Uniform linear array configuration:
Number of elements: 8
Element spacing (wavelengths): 0.75
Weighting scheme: exponential
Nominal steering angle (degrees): -15
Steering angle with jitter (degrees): -16.818
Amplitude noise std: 0.05
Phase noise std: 0.05

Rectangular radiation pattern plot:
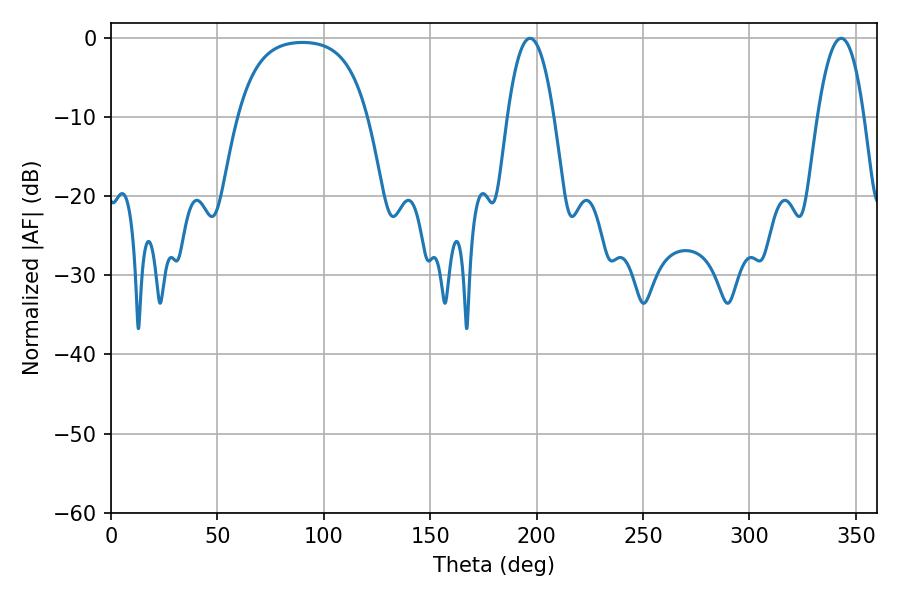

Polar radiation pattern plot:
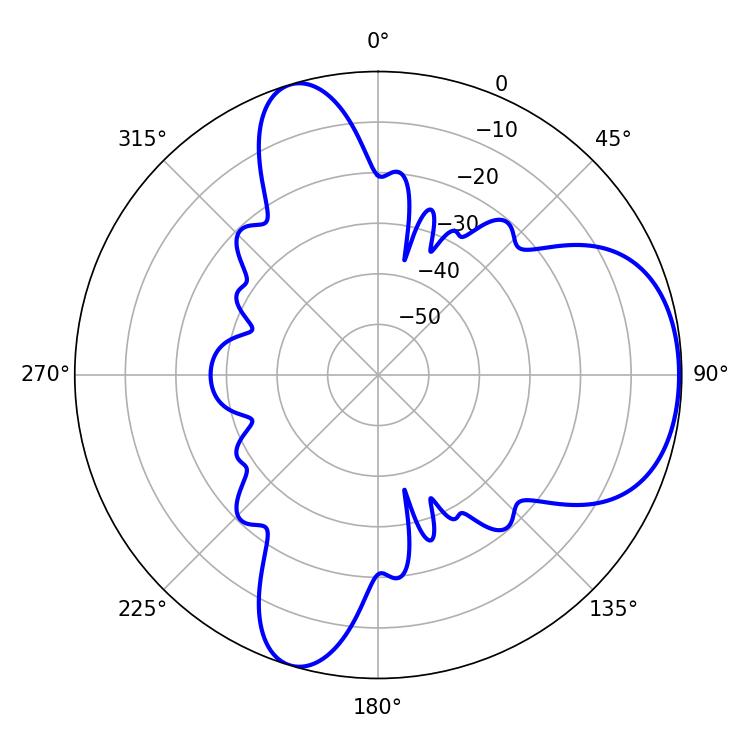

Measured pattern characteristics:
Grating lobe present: TRUE
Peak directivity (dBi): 6.081
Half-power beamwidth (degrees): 12.06
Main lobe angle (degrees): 196.92